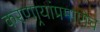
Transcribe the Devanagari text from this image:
करणार्‍यांप्रमाणेच